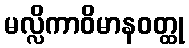
မလ္လိကာဝိမာနဝတ္ထု